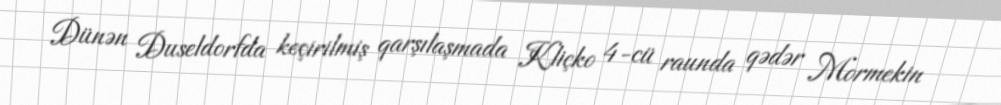
Dünən Duseldorfda keçirilmiş qarşılaşmada Kliçko 4-cü raunda qədər Mormekin